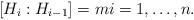
LaTeX: \begin{align*} [H_{i} : H_{i-1}]=m i=1,\ldots,n. \end{align*}